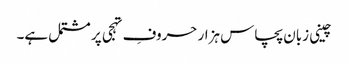
چینی زبان پچاس ہزار حروفِ تہجی پر مشتمل ہے۔